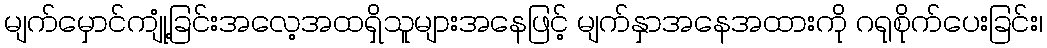
မျက်မှောင်ကျုံ့ခြင်းအလေ့အထရှိသူများအနေဖြင့် မျက်နှာအနေအထားကို ဂရုစိုက်ပေးခြင်း၊